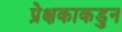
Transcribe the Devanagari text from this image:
प्रेक्षकाकडुन